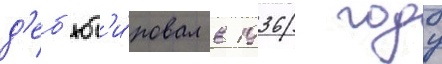
д'еб'ют'и́ровал в 1936 году